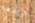
تريدها